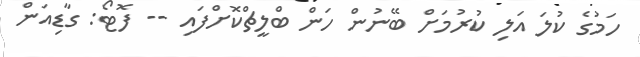
ހަމުގެ ކުލަ އަލި ކުރުމަށް ބޭނުން ހަން ބްލީޗްކޮށްފައި -- ފޮޓޯ: ގާޑިއަން